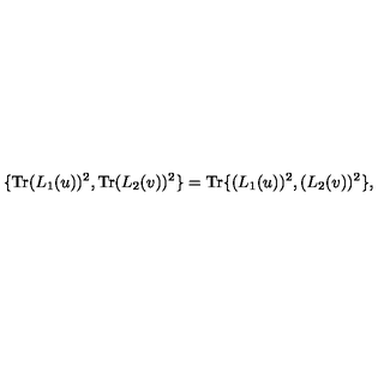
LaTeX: \{ \mathrm { T r } ( L _ { 1 } ( u ) ) ^ { 2 } , \mathrm { T r } ( L _ { 2 } ( v ) ) ^ { 2 } \} = \mathrm { T r } \{ ( L _ { 1 } ( u ) ) ^ { 2 } , ( L _ { 2 } ( v ) ) ^ { 2 } \} ,